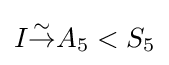
I{\stackrel {\sim }{\to }}A_{5}<S_{5}